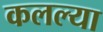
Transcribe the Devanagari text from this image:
कलल्या